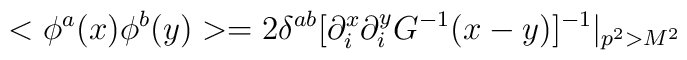
<\phi^a(x)\phi^b(y)>=2\delta^{ab}[\partial^x_i\partial^y_iG^{-1}(x-y)]^{-1}|_{p^2>M^2}